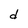
Character: d